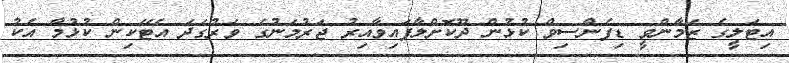
އިޓަލީގެ ޒަމާންވީ ޑިފެންސިވް ކުޅުން ދޫކޮށްލާފައިވާއިރު ޖަރުމަނުގެ ވަރުގަދަ އެޓޭކިން ކުޅުމާ އެކު